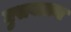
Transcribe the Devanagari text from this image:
घुसवताना